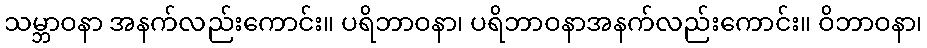
သမ္ဘာဝနာ အနက်လည်းကောင်း။ ပရိဘာဝနာ၊ ပရိဘာဝနာအနက်လည်းကောင်း။ ဝိဘာဝနာ၊